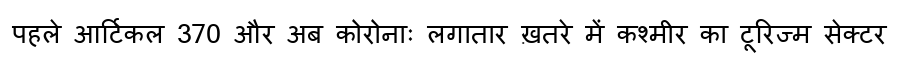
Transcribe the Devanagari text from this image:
पहले आर्टिकल 370 और अब कोरोनाः लगातार ख़तरे में कश्मीर का टूरिज्म सेक्टर